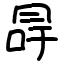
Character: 冔